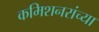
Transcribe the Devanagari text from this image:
कमिशनरांच्या